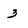
Character: 3